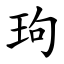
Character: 玽